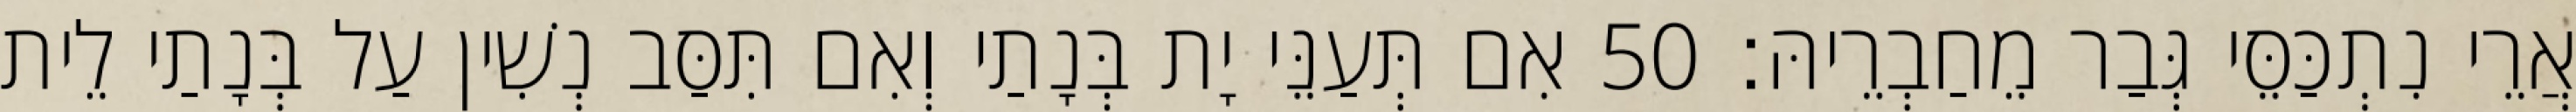
אֲרֵי נִתְכַּסֵּי גְּבַר מֵחַבְרֵיהּ׃ 50 אִם תְּעַנֵּי יָת בְּנָתַי וְאִם תִּסַּב נְשִׁין עַל בְּנָתַי לֵית